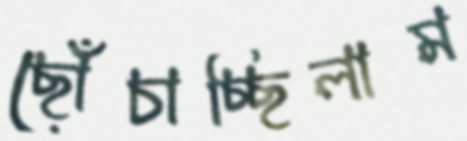
ছোঁচাচ্ছিলাম